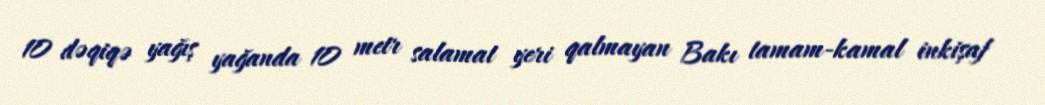
10 dəqiqə yağış yağanda 10 metr salamat yeri qalmayan Bakı tamam-kamal inkişaf